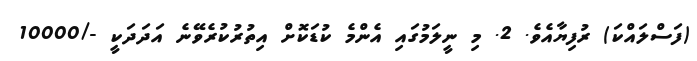
(ފަސްލައްކަ) ރުފިޔާއެވެ. 2. މި ނީލަމުގައި އެންމެ ކުޑަކޮށް އިތުރުކުރެވޭނެ އަދަދަކީ -/10000